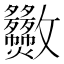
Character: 𣀿